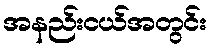
အနည်းငယ်အတွင်း